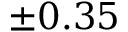
\pm 0 . 3 5